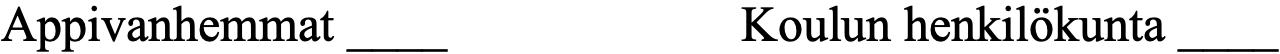
Appivanhemmat ____       Koulun henkilökunta ____